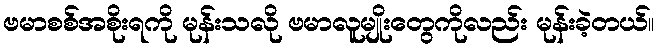
ဗမာစစ်အစိုးရကို မုန်းသလို ဗမာလူမျိုးတွေကိုလည်း မုန်းခဲ့တယ်။